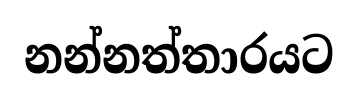
නන්නත්තාරයට